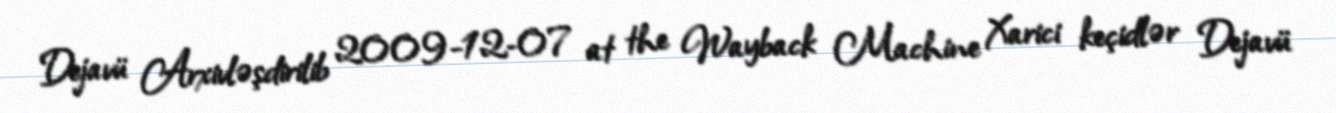
Dejavü Arxivləşdirilib 2009-12-07 at the Wayback Machine Xarici keçidlər Dejavü